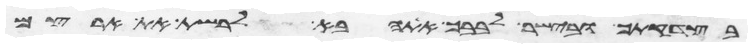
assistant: בצדקתך ובישר לבבך אתה בא לרשת את ארצם